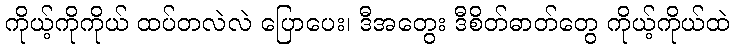
ကိုယ့်ကိုကိုယ် ထပ်တလဲလဲ ပြောပေး၊ ဒီအတွေး ဒီစိတ်ဓာတ်တွေ ကိုယ့်ကိုယ်ထဲ